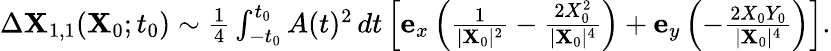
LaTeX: \begin{array}{r}{\Delta\mathbf{X}_{1,1}(\mathbf{X}_{0};t_{0})\sim\frac{1}{4}\int_{-t_{0}}^{t_{0}}A(t)^{2}\, dt\left[\mathbf{e}_{x}\left(\frac{1}{\vert\mathbf{X}_{0}\vert^{2}}-\frac{2X_{0}^{2}}{\vert\mathbf{X}_{0}\vert^{4}}\right)+\mathbf{e}_{y}\left(-\frac{2X_{0}Y_{0}}{\vert\mathbf{X}_{0}\vert^{4}}\right)\right].}\end{array}